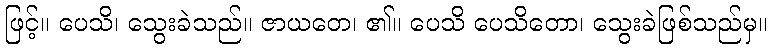
ဖြင့်။ ပေသိ၊ သွေးခဲသည်။ ဇာယတေ၊ ၏။ ပေသိ ပေသိတော၊ သွေးခဲဖြစ်သည်မှ။